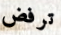
ترفض